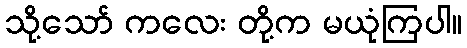
သို့သော် ကလေး တို့က မယုံကြပါ။